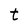
Character: t